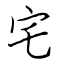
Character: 宅